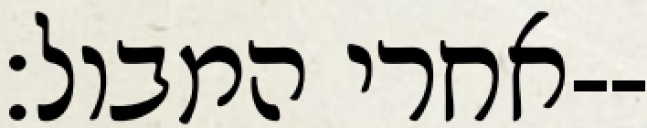
אחרי המבול׃--